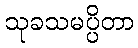
သုခသမပ္ပိတာ